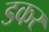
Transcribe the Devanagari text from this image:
डकर